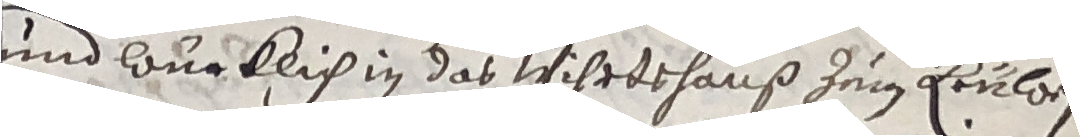
und wurklich in das wihrtshauß zum trülzen